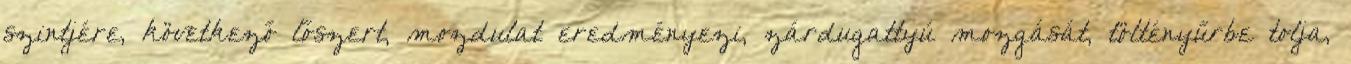
szintjére, következő lőszert, mozdulat eredményezi, zárdugattyú mozgását, töltényűrbe tolja,